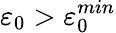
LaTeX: \varepsilon_{0}>\varepsilon_{0}^{min}